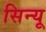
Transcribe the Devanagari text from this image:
सिन्यू